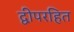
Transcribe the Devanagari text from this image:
द्वीपरहित